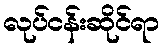
လုပ်ငန်းဆိုင်ရာ